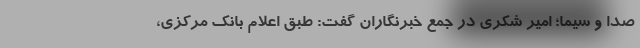
صدا و سیما؛ امیر شکری در جمع خبرنگاران گفت: طبق اعلام بانک مرکزی،